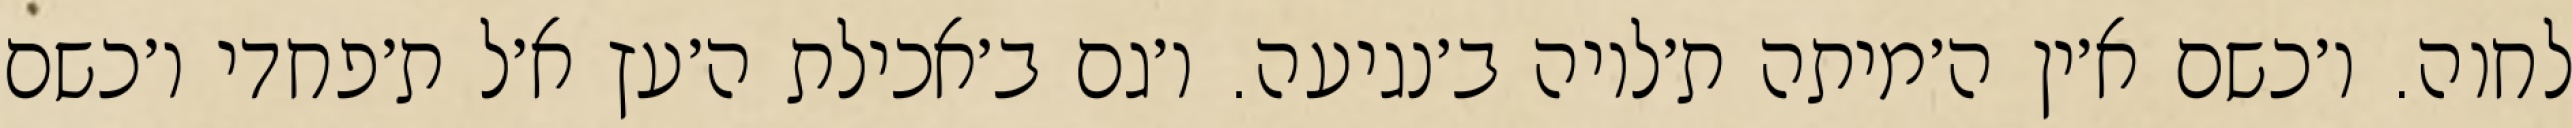
לחוה. ו׳כשם א׳ין ה׳מיתה ת׳לויה ב׳נגיעה. ו׳גם ב׳אכילת ה׳עץ א׳ל ת׳פחדי ו׳כשם